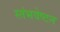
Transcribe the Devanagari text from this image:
स्तंभवेष्टन